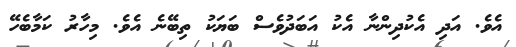
އެވެ. އަދި އެކުދިންނާ އެކު އަބަދުވެސް ބަޔަކު ތިބޭނެ އެވެ. މިހާރު ކަމާބެހޭ